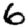
Digit: 6